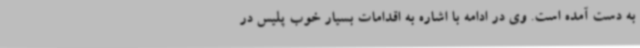
به دست آمده است. وی در ادامه با اشاره به اقدامات بسیار خوب پلیس در